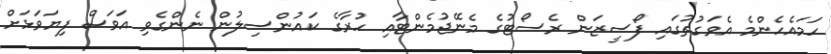
ހަމައެހެންމެ އެވަގުތުގައި ފޯސީޒަން ރެސޯޓުގެ މެނޭޖުމެންޓާއި ހުރާގެ ކައުންސިލުން ނެންގެވި އަވަސް ފިޔަވަޅަށް